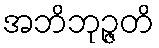
အဘိဘုဉ္ဇတိ